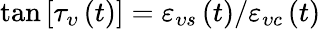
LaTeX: \tan\left[\tau_{\upsilon}\left(t\right)\right]=\varepsilon_{\upsilon s}\left(t\right)/\varepsilon_{\upsilon c}\left(t\right)